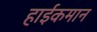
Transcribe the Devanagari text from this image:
हाईकमान